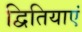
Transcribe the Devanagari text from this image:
द्वितियाएं